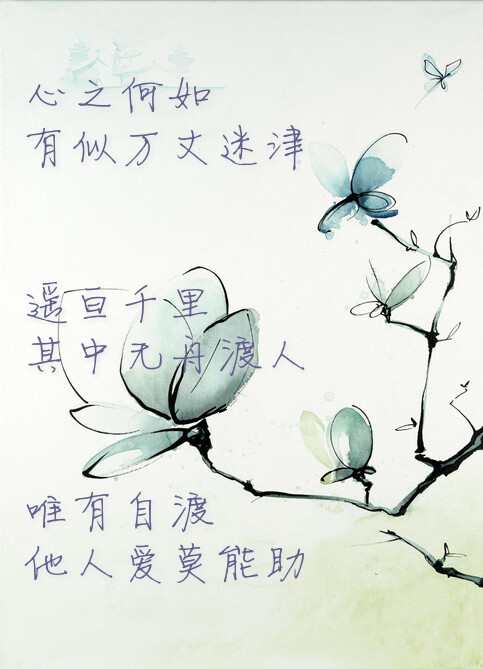
从今后，梦魂千里，夜夜岳阳楼。